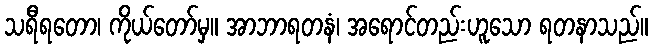
သရီရတော၊ ကိုယ်တော်မှ။ အာဘာရတနံ၊ အရောင်တည်းဟူသော ရတနာသည်။